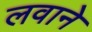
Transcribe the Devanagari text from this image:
लवाने